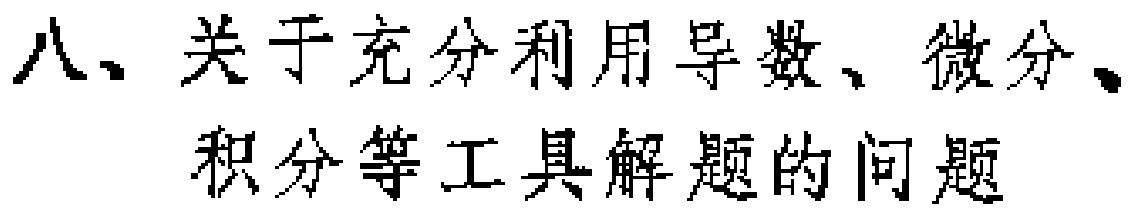
八、关于充分利用导数、微分、积分等工具解题的问题